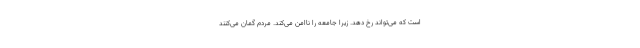
است که می‌تواند رخ دهد. زیرا جامعه را ناامن می‌کند. مردم گمان می‌کنند